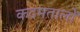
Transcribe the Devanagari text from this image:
कदमतालों